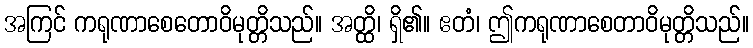
အကြင် ကရုဏာစေတောဝိမုတ္တိသည်။ အတ္ထိ၊ ရှိ၏။ ဧတံ၊ ဤကရုဏာစေတာဝိမုတ္တိသည်။